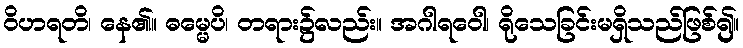
ဝိဟရတိ၊ နေ၏။ ဓမ္မေပိ၊ တရား၌လည်း။ အဂါရဝေါ၊ ရိုသေခြင်းမရှိသည်ဖြစ်၍။